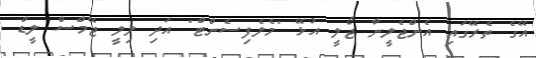
އޭގެ ތެރޭގައި އެންޖެލީނާ ޖޯލީ އުޅޭ "މެލެފިސެންޓް" އަދި ލިލީ ޖޭމްސް ލީޑް